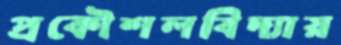
প্রকৌশলবিদ্যায়